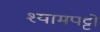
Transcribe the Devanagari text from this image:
श्यामपट्टों